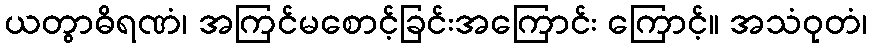
ယတွာဓိရဏံ၊ အကြင်မစောင့်ခြင်းအကြောင်း ကြောင့်။ အသံဝုတံ၊